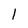
Character: 1